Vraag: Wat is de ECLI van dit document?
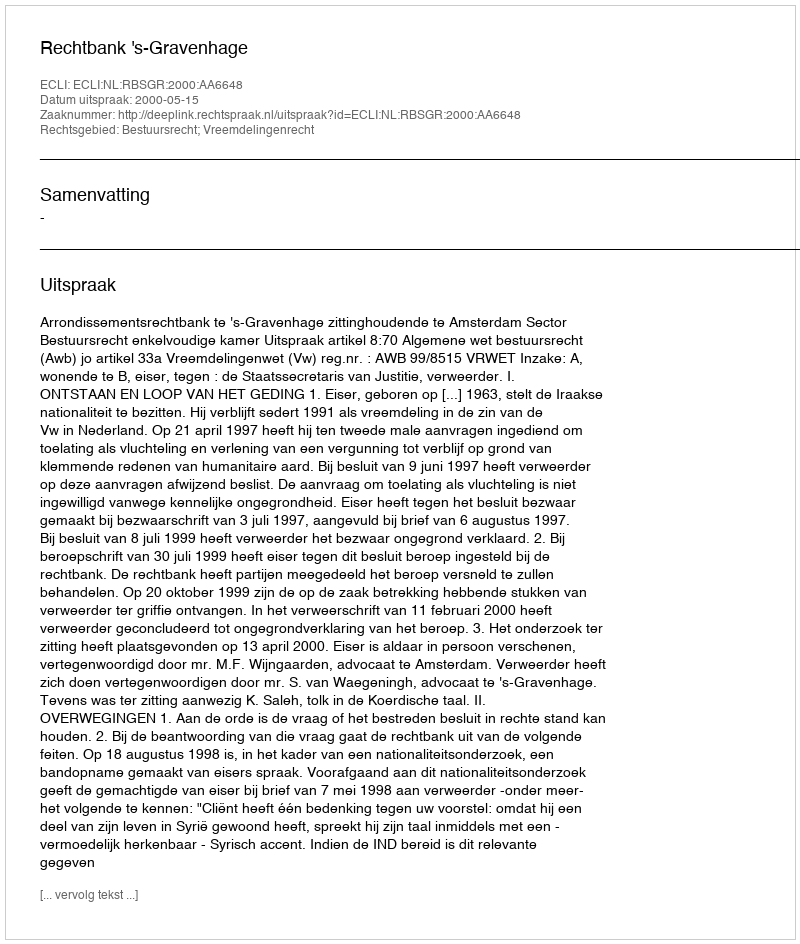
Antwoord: ECLI:NL:RBSGR:2000:AA6648